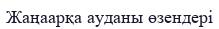
Жаңаарқа ауданы өзендері